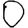
Digit: 0